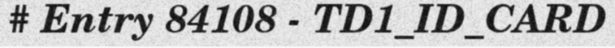
# Entry 84108 - TD1_ID_CARD